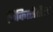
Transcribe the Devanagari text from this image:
चिकित्सेतील